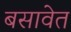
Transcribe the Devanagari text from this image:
बसावेत